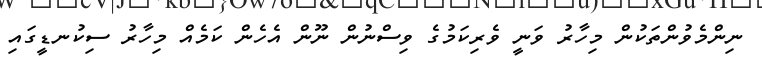
ނިންމެވުންތަކުން މިހާރު ވަނީ ވެރިކަމުގެ ވިސްނުން ނޫން އެހެން ކަމެއް މިހާރު ސިކުނޑީގައި